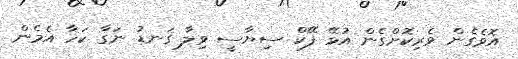
އޮވެގެން ވެރިކޮށްގެން އުޅޭ ފޭކް ސިޔާސީ ވިލާ ގަނޑު ނަގާ ކަހާ އެމެން